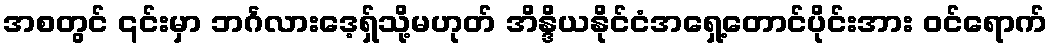
အစတွင် ၎င်းမှာ ဘင်္ဂလားဒေ့ရှ်သို့မဟုတ် အိန္ဒိယနိုင်ငံအရှေ့တောင်ပိုင်းအား ဝင်ရောက်